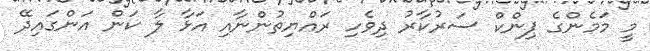
މީ މަމެންގެ ޕިންކް ސަރުކާރު ދިވެހި ރައްޔިތުންނާއި އަޅާ ލާ ކަން އަންގައިދޭ